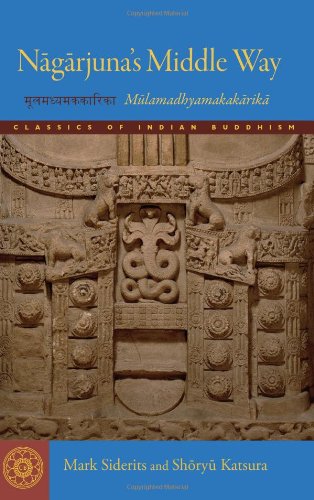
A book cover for Nagarjuna's Middle Way: Mulamadhyamakakarika (Classics of Indian Buddhism); Mark Siderits; Religion & Spirituality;